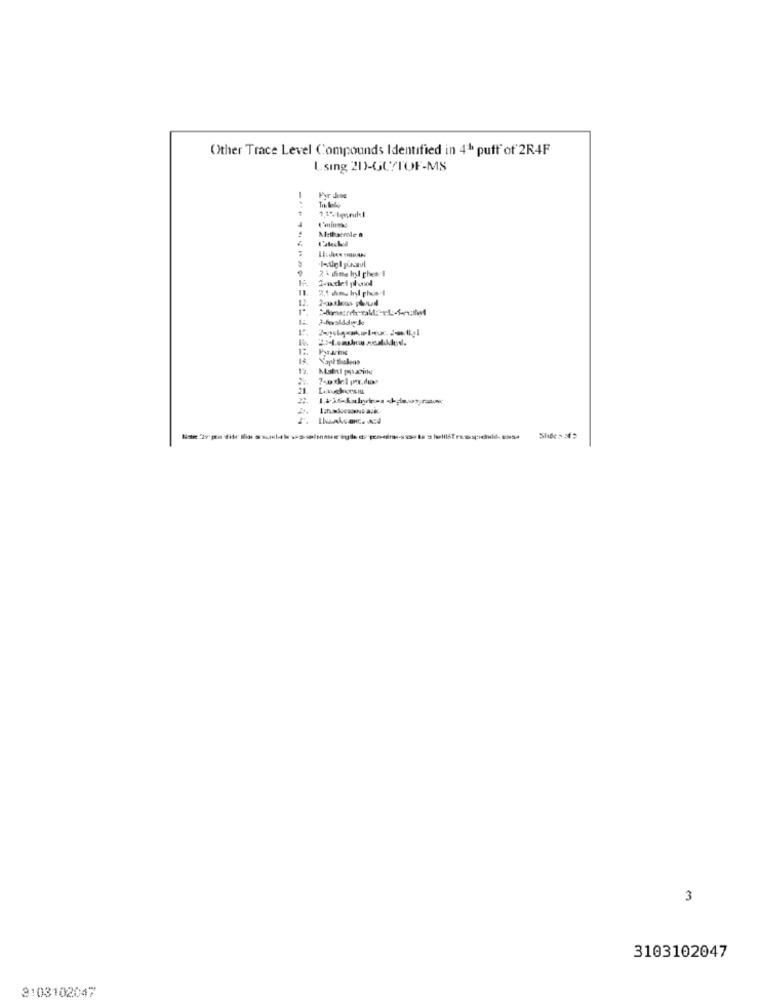
Other Trace Level Compounds Identified in 41 puff of 2R4F
L. sing 2D)-GUSTOF-MS
-
Fyr dine
Mathserne a
L'ateckel
12
12
3
3103102047
3103102047